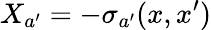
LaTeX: X_{a^{\prime}}=-\sigma_{a^{\prime}}(x,x^{\prime})